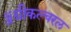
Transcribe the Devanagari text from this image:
ॲग्रीकल्चरल